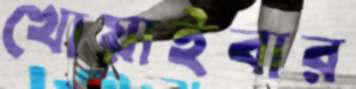
খোয়াইবার